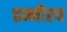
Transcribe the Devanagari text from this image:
हम्मीरय